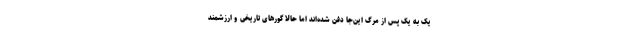
یک به یک پس از مرگ این‌جا دفن شده‌اند اما حالا گورهای تاریخی و ارزشمند